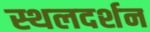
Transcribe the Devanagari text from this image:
स्थलदर्शन